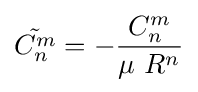
{\tilde {C_{n}^{m}}}=-{\frac {C_{n}^{m}}{\mu \ R^{n}}}